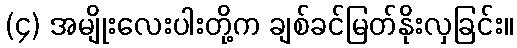
(၄) အမျိုးလေးပါးတို့က ချစ်ခင်မြတ်နိုးလှခြင်း။